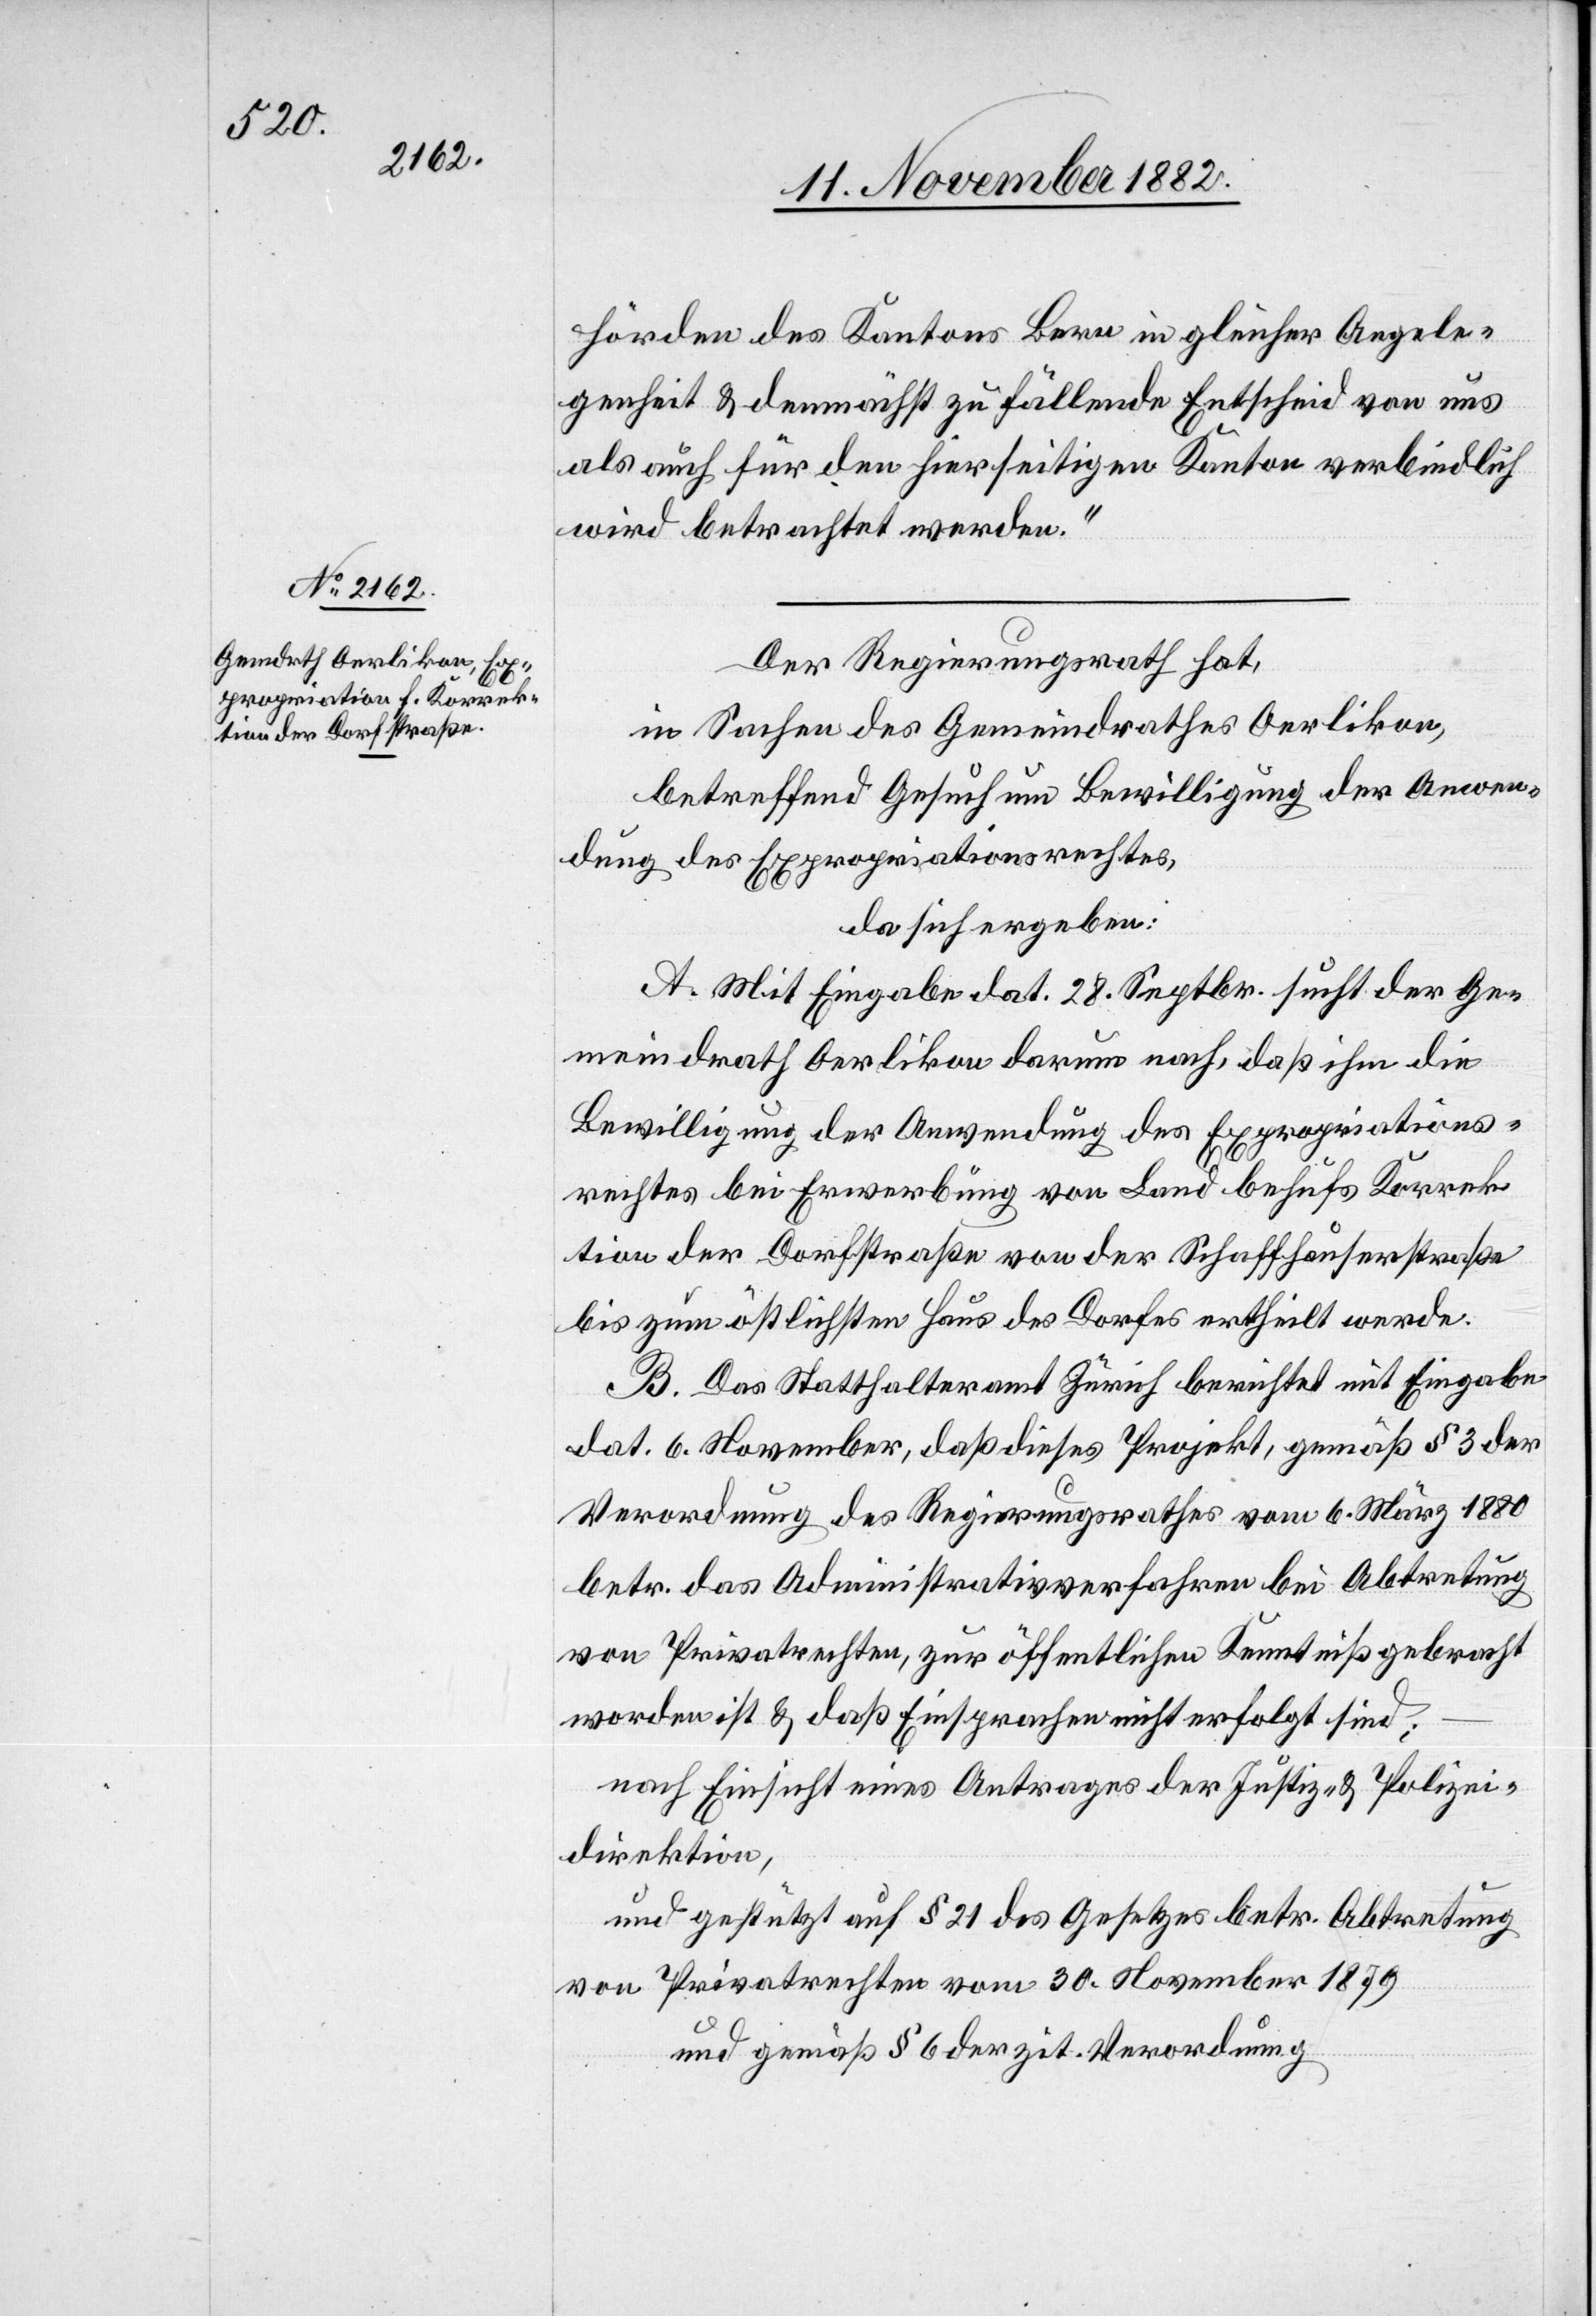
hörden des Kantons Bern in gleicher Angele¬
genheit & demnächst zu fällende Entscheid von uns
als auch für den hierseitigen Kanton verbindlich
Der Regierungsrath,
in Sachen des Gemeindrathes Oerlikon,
betreffend Gesuch um Bewilligung der Anwen¬
dung des Expropriationsrechtes,
da sich ergeben:
A. Mit Eingabe dat. 28. Septbr. sucht der Ge¬
meindrath Oerlikon darum nach, daß ihm die
Bewilligung der Anwendung des Expropriations¬
rechtes bei Erwerbung von Land behufs Korrek¬
tion der Dorfstraße von der Schaffhauserstraße
bis zum östlichsten Haus des Dorfes ertheilt werde.
B. Das Statthalteramt Zürich berichtet mit Eingabe
dat. 6. November, daß dieses Projekt, gemäß § 3 der
Verordnung des Regierungsrathes vom 6. März 1880
betr. das Administrativverfahren bei Abtretung
von Privatrechten, zur öffentlichen Kenntniß gebracht
worden ist & daß Einsprachen nicht erfolgt sind;
nach Einsicht eines Antrages der Justiz- & Polizei¬
direktion,
und gestützt auf § 21 des Gesetzes betr. Abtretung
von Privatrechten vom 30. November 879
und gemäß § 6 der zit. Verordnung